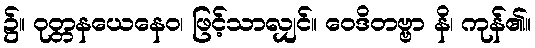
၌။ ဝုတ္တနယေနေဝ၊ ဖြင့်သာလျှင်။ ဝေဒိတဗ္ဗာ နိ၊ ကုန်၏။